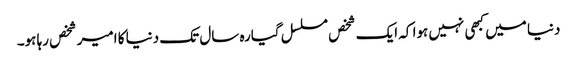
دنیا میں کبھی نہیں ہوا کہ ایک شخص مسلسل گیارہ سال تک دنیا کا امیر شخص رہا ہو۔